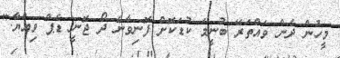
މީހުން ދެން ވައްތަރޭ ބުނީމަ ކުޑަކޮށް ފޮނިވާނެ ދޯ ޖޮނީ ޑެޕް ވިއްޔާ."